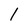
Character: 1